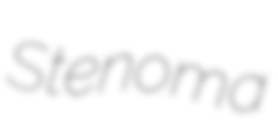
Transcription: Stenoma